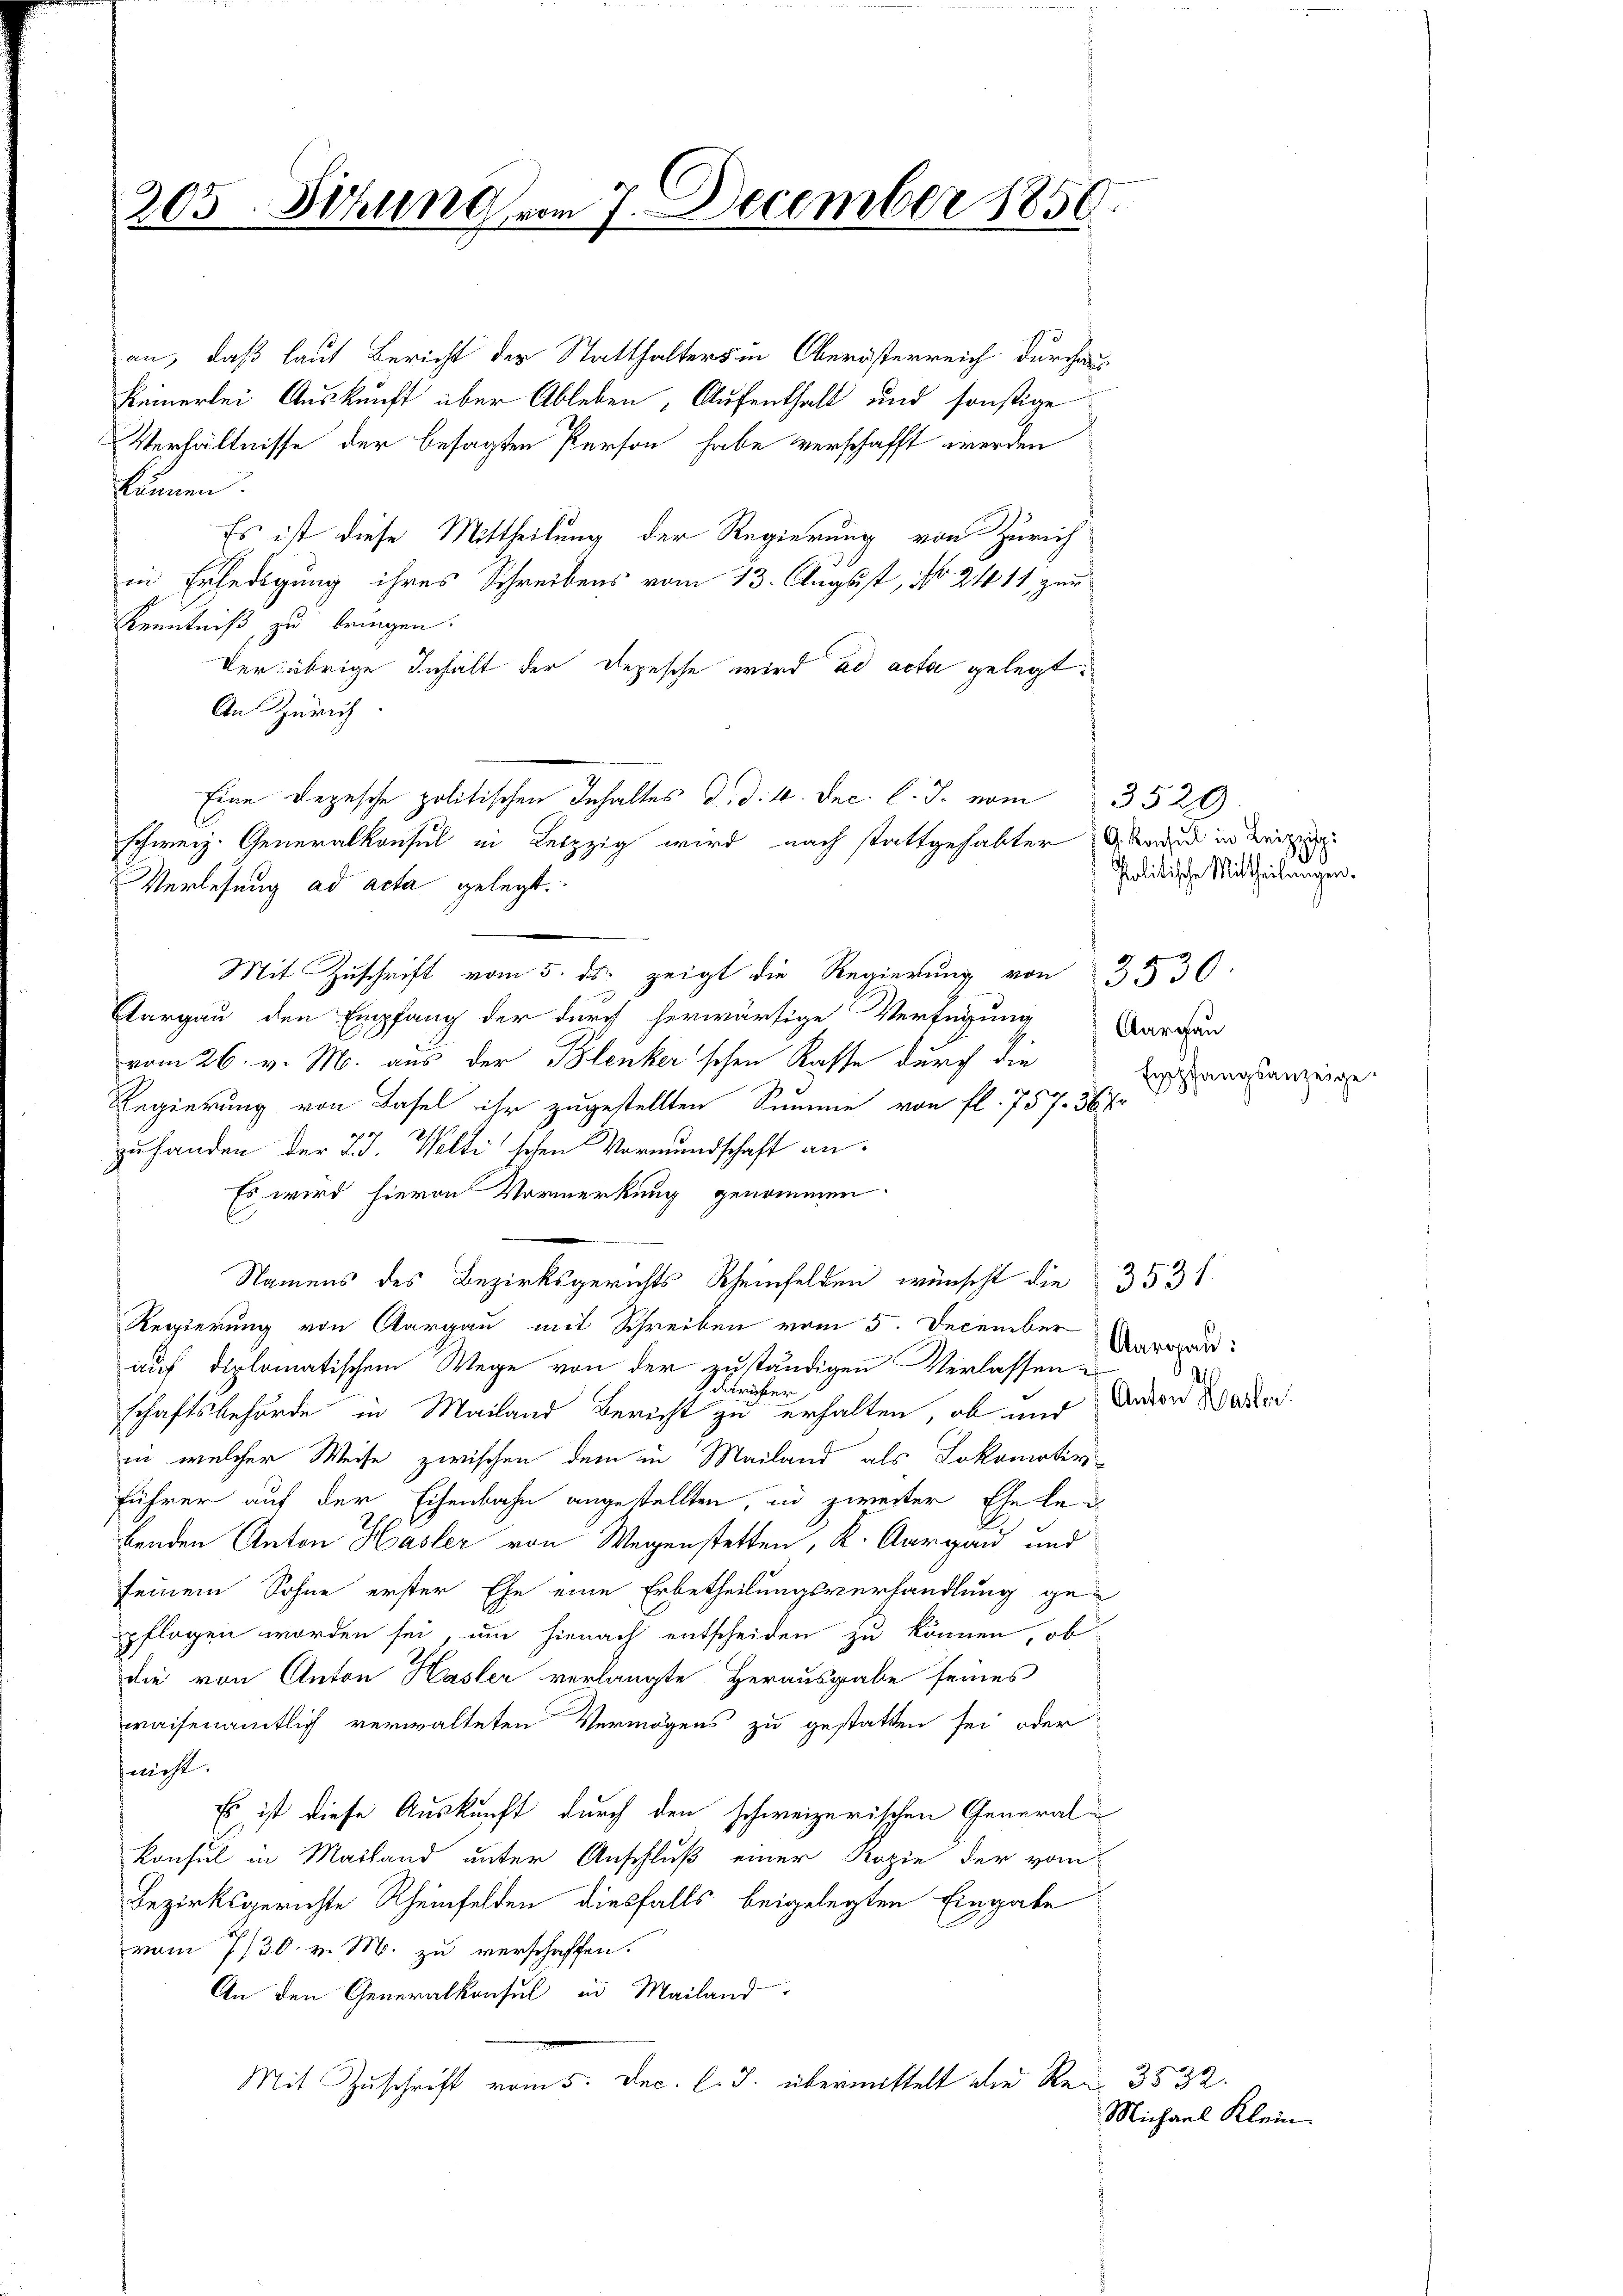
205. Sitzung vom 7. December 1850.

an, daß laut Bericht der Statthalters in Oberösterreich durchau
keinerlei Auskunft über Ableben, Aufenthalt und sonstige
Verhältnisse der besagten Person habe verschafft werden
können.
Es ist diese Mittheilung der Regierung von Zürich
in Erledigung ihres Schreibens vom 13. August, No 21411, zur
Kenntniß zu bringen:
Der übrige Inhalt der Depesche wird ad acta gelegt:
An Zürich
Eine Depesche politischen Inhaltes d. d. 10. Dec. l. J. vom 3520
schweiz. Generalkonsul in Leipzig wird nach stattgehabter Gaden in Beizig
Verlesung ad acta gelegt.
Aargau den Empfang der durch herwärtige Verfügung
vom 26. v. M. aus der Blenker'schen Kasse durch die
Regierung von Basel ihr zugestellten Summe von fl. 757. 36 Fr
zuhanden der 23. Weltischen Vormundschaft an
Es wird hievon Vormerkung genommen.
Namens des Bezirksgerichts Rheinfelden wünscht die 3531
Regierung von Aargau mit Schreiben vom 5. December
auf diplomatischem Wege von der zuständigen Verlassen
drichter
schaftsbehörde in Mailand Bericht zu erhalten, ob und davon Wader
in welcher Weise zwischen dem in Mailand als Lokomotiv-
Führer auf der Eisenbahn angestellten, in zweiter Ehe bebenden Anton Hasler von Wegenstetten, K. Aargau und
seinem Sohne erster Ehe eine Erbetheilungsverhandlung gepflogen worden sei, um hienach entscheiden zu können, ob
die von Anton Hasler verlangte Herausgabe seines
waisenamtlich verwalteten Vermögens zu gestatten sei oder
nicht.
Es ist diese Auskunft durch den schweizerischen General¬
Konsul in Mailand unter Anschluß einer Kopie der vom
Bezirksgerichte Rheinfelden diesfalls beigelegten Eingabe
vom 7/30. v. M. zu verschaffen.
An den Generalkonsul in Mailand
Mit Zuschrift vom 5. Dec. l. J. übermittelt die Ren 3532.

Mit Zuschrift vom 5. ds. zeigt die Regierung von 3530

Politische Mittheilungen.
Aargau
Empfangsanzeige.

Aargau:
1

Michael Klein